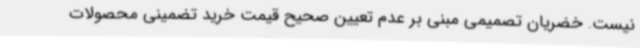
نیست. خضریان تصمیمی مبنی بر عدم تعیین صحیح قیمت خرید تضمینی محصولات